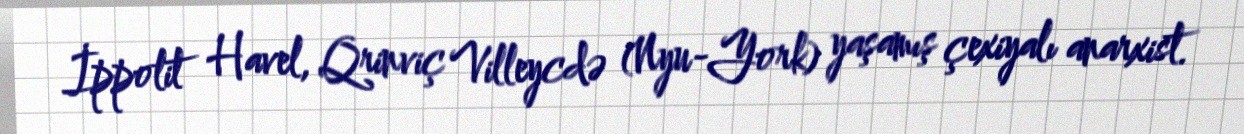
İppolit Havel, Qrinviç Villeycdə (Nyu-York) yaşamış çexiyalı anarxist.